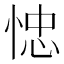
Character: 㥙